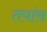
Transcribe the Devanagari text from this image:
तयांस